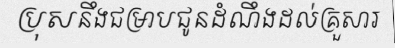
ប្រុសនឹងជម្រាបជូនដំណឹងដល់គ្រួសារ